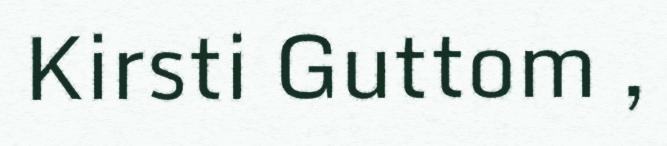
Kirsti Guttom ,